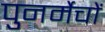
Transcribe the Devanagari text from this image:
पुनर्मेचों